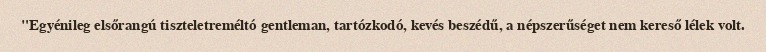
"Egyénileg elsőrangú tiszteletreméltó gentleman, tartózkodó, kevés beszédű, a népszerűséget nem kereső lélek volt.